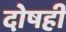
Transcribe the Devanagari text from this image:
दोषही